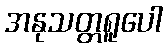
အနုသတ္တရူပေါ